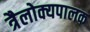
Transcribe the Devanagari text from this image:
त्रैलोक्यपालक